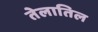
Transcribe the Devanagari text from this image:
तेलातिल